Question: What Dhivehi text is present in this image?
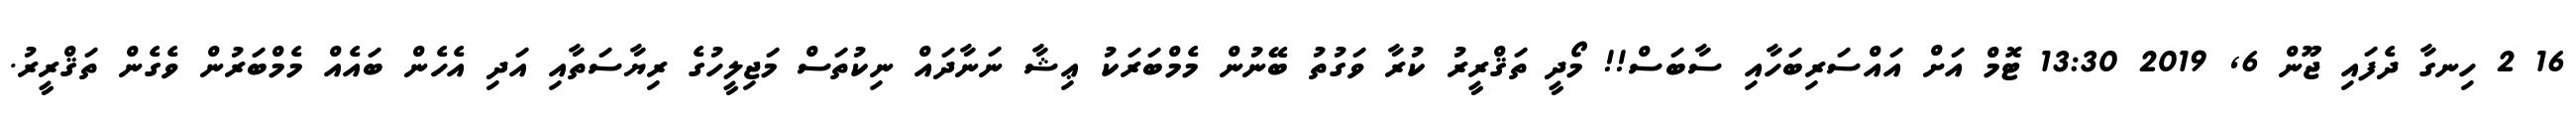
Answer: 16 2 ހިނގާ ދެފައި ޖޫން 6, 2019 13:30 ޓޮމް އަށް އައްސަރިބަހާއި ސާބަސް!! މޯދީ ތަޤްރީރު ކުރާ ވަގުތު ބޭނުން މެމްބަރަކު ޢިޝާ ނަނާދައް ނިކުތަސް މަޖިލީހުގެ ރިޔާސަތާއި އަދި އެހެން ބައެއް މެމްބަރުން ވެގެން ތަޤްރީރު.